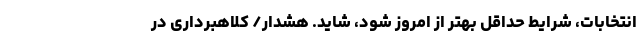
انتخابات، شرایط حداقل بهتر از امروز شود، شاید. هشدار/ کلاهبرداری در